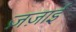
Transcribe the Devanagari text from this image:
ज़ज़ाई